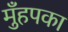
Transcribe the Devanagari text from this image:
मुँहपका